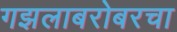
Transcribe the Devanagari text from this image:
गझलाबरोबरचा